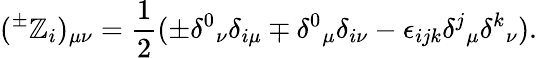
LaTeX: (^{\pm}\mathbb{Z}_{i})_{\mu\nu}=\frac{{1}}{{2}}(\pm\delta^{0}{}_{\nu}\delta_{i\mu}\mp\delta^{0}{}_{\mu}\delta_{i\nu}-\epsilon_{ijk}\delta^{j}{}_{\mu}\delta^{k}{}_{\nu}).